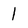
Character: 1